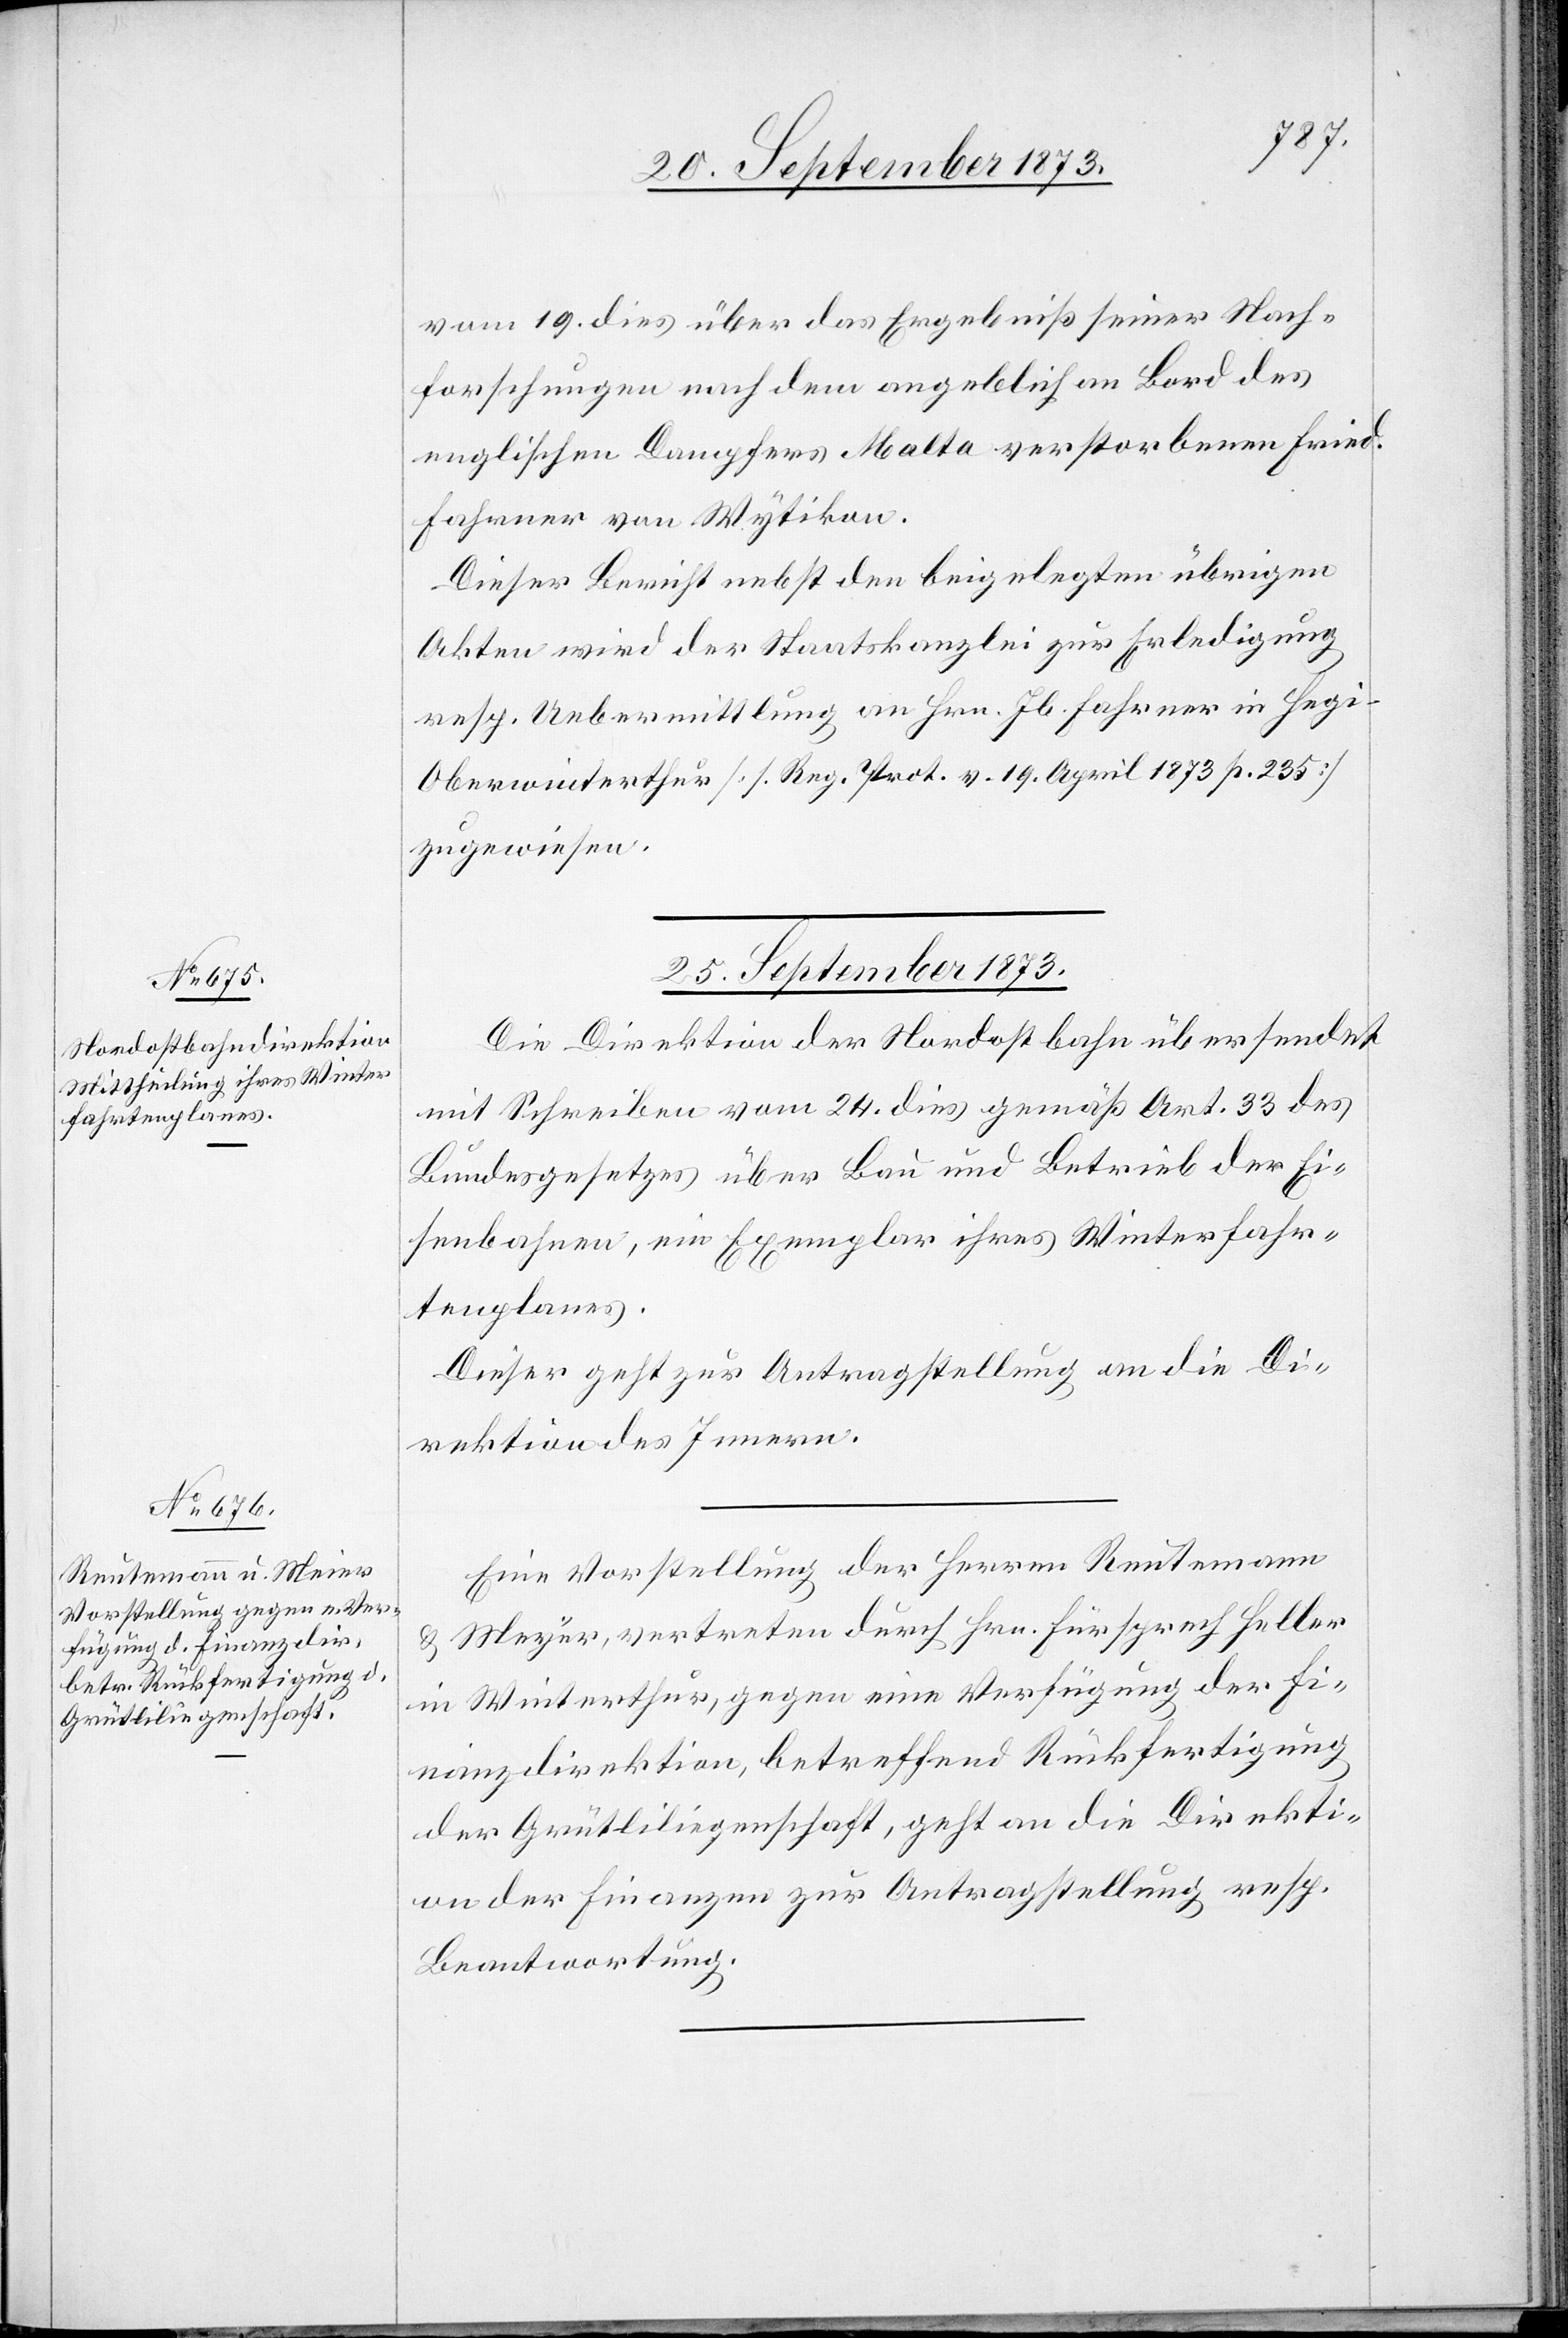
vom 19. dies über das Ergebniß seiner Nach¬
forschungen nach dem angeblich an Bord des
englischen Dampfers Malta verstorbenen Fried.
Fahrner von Wytikon.
Dieser Bericht nebst den beigelegten übrigen
Akten wird der Staatskanzlei zur Erledigung
resp. Uebermittlung an Hrn. Jb. Fahrner in Heg¬
i-Oberwinterthur [s. Reg. Prot. v. 19. April 1873 p. 235]
zugewiesen.
25. September 1873.]
Die Direktion der Nordostbahn übersendet
mit Schreiben vom 24. dies gemäß Art. 33 des
Bundesgesetzes über Bau und Betrieb der Ei¬
senbahnen, ein Exemplar ihres Winterfahr¬
tenplanes.
Dieser geht zur Antragstellung an die Di¬
rektion des Innern.
Eine Vorstellung der Herren Reutemann
Meyer, vertreten durch Hrn. Fürsprech Heller
in Winterthur, gegen eine Verfügung der Fi¬
nanzdirektion, betreffend Rückfertigung
der Grütliliegenschaft, geht an die Direkti¬
on der Finanzen zur Antragstellung resp.
Beantwortung.